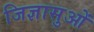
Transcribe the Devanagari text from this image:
जिज्ञासुओं